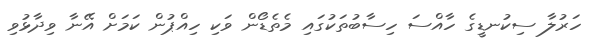
ހަރުލާ ސިކުނޑީގެ ހާއްސަ ހިސާބުތަކުގައި މެތެޑޯން ވަކި ހިއްޕުން ކަމަށް އޭނާ ވިދާޅުވި